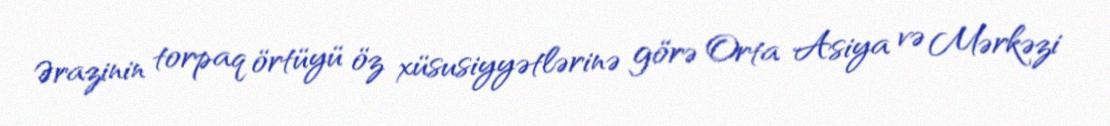
Ərazinin torpaq örtüyü öz xüsusiyyətlərinə görə Orta Asiya və Mərkəzi